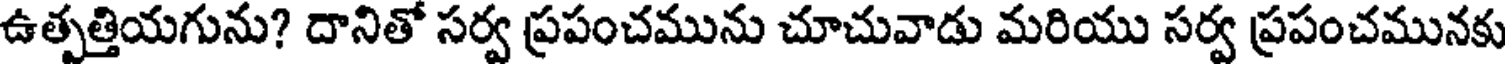
ఉత్పత్తియగును? దానితో సర్వ ప్రపంచమును చూచువాడు మరియు సర్వ ప్రపంచమునకు